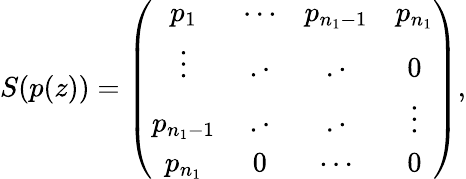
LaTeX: S(p(z))=\left(\begin{array}{cccc}{p_{1}}&{\cdots}&{p_{n_{1}-1}}&{p_{n_{1}}}\\ {\vdots}&{.\cdot}&{.\cdot}&{0}\\ {p_{n_{1}-1}}&{.\cdot}&{.\cdot}&{\vdots}\\ {p_{n_{1}}}&{0}&{\cdots}&{0}\end{array}\right),